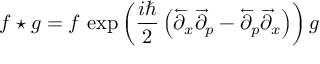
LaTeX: f \star g = f \, \exp { \left( { \frac { i \hbar } { 2 } } \left( { \overleftarrow { \partial } } _ { x } { \overrightarrow { \partial } } _ { p } - { \overleftarrow { \partial } } _ { p } { \overrightarrow { \partial } } _ { x } \right) \right) } \, g